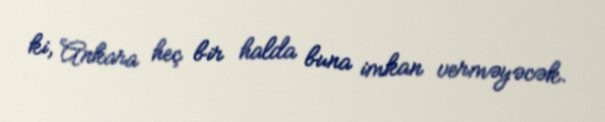
ki, Ankara heç bir halda buna imkan verməyəcək.